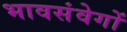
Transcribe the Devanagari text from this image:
भावसंवेगों